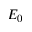
E _ { 0 }